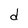
Character: d